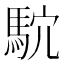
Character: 𱄗